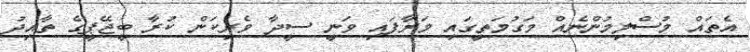
އެތައް މުސްލިމުންނެއް މަގުމަތީގައި މަރާފައި ވަނީ ސީދާ ވެރިކަން ކުރާ ބީޖޭޕީގެ ތާއިދު